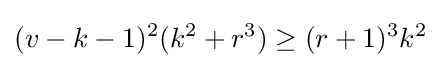
(v-k-1)^{2}(k^{2}+r^{3})\geq (r+1)^{3}k^{2}